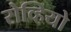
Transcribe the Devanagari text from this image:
रोव्हियो